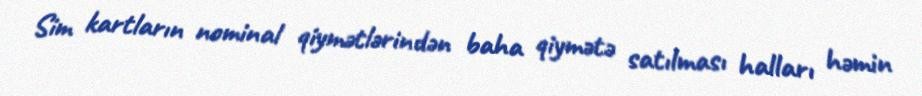
Sim kartların nominal qiymətlərindən baha qiymətə satılması halları həmin